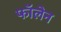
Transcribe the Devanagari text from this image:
फॉलेन